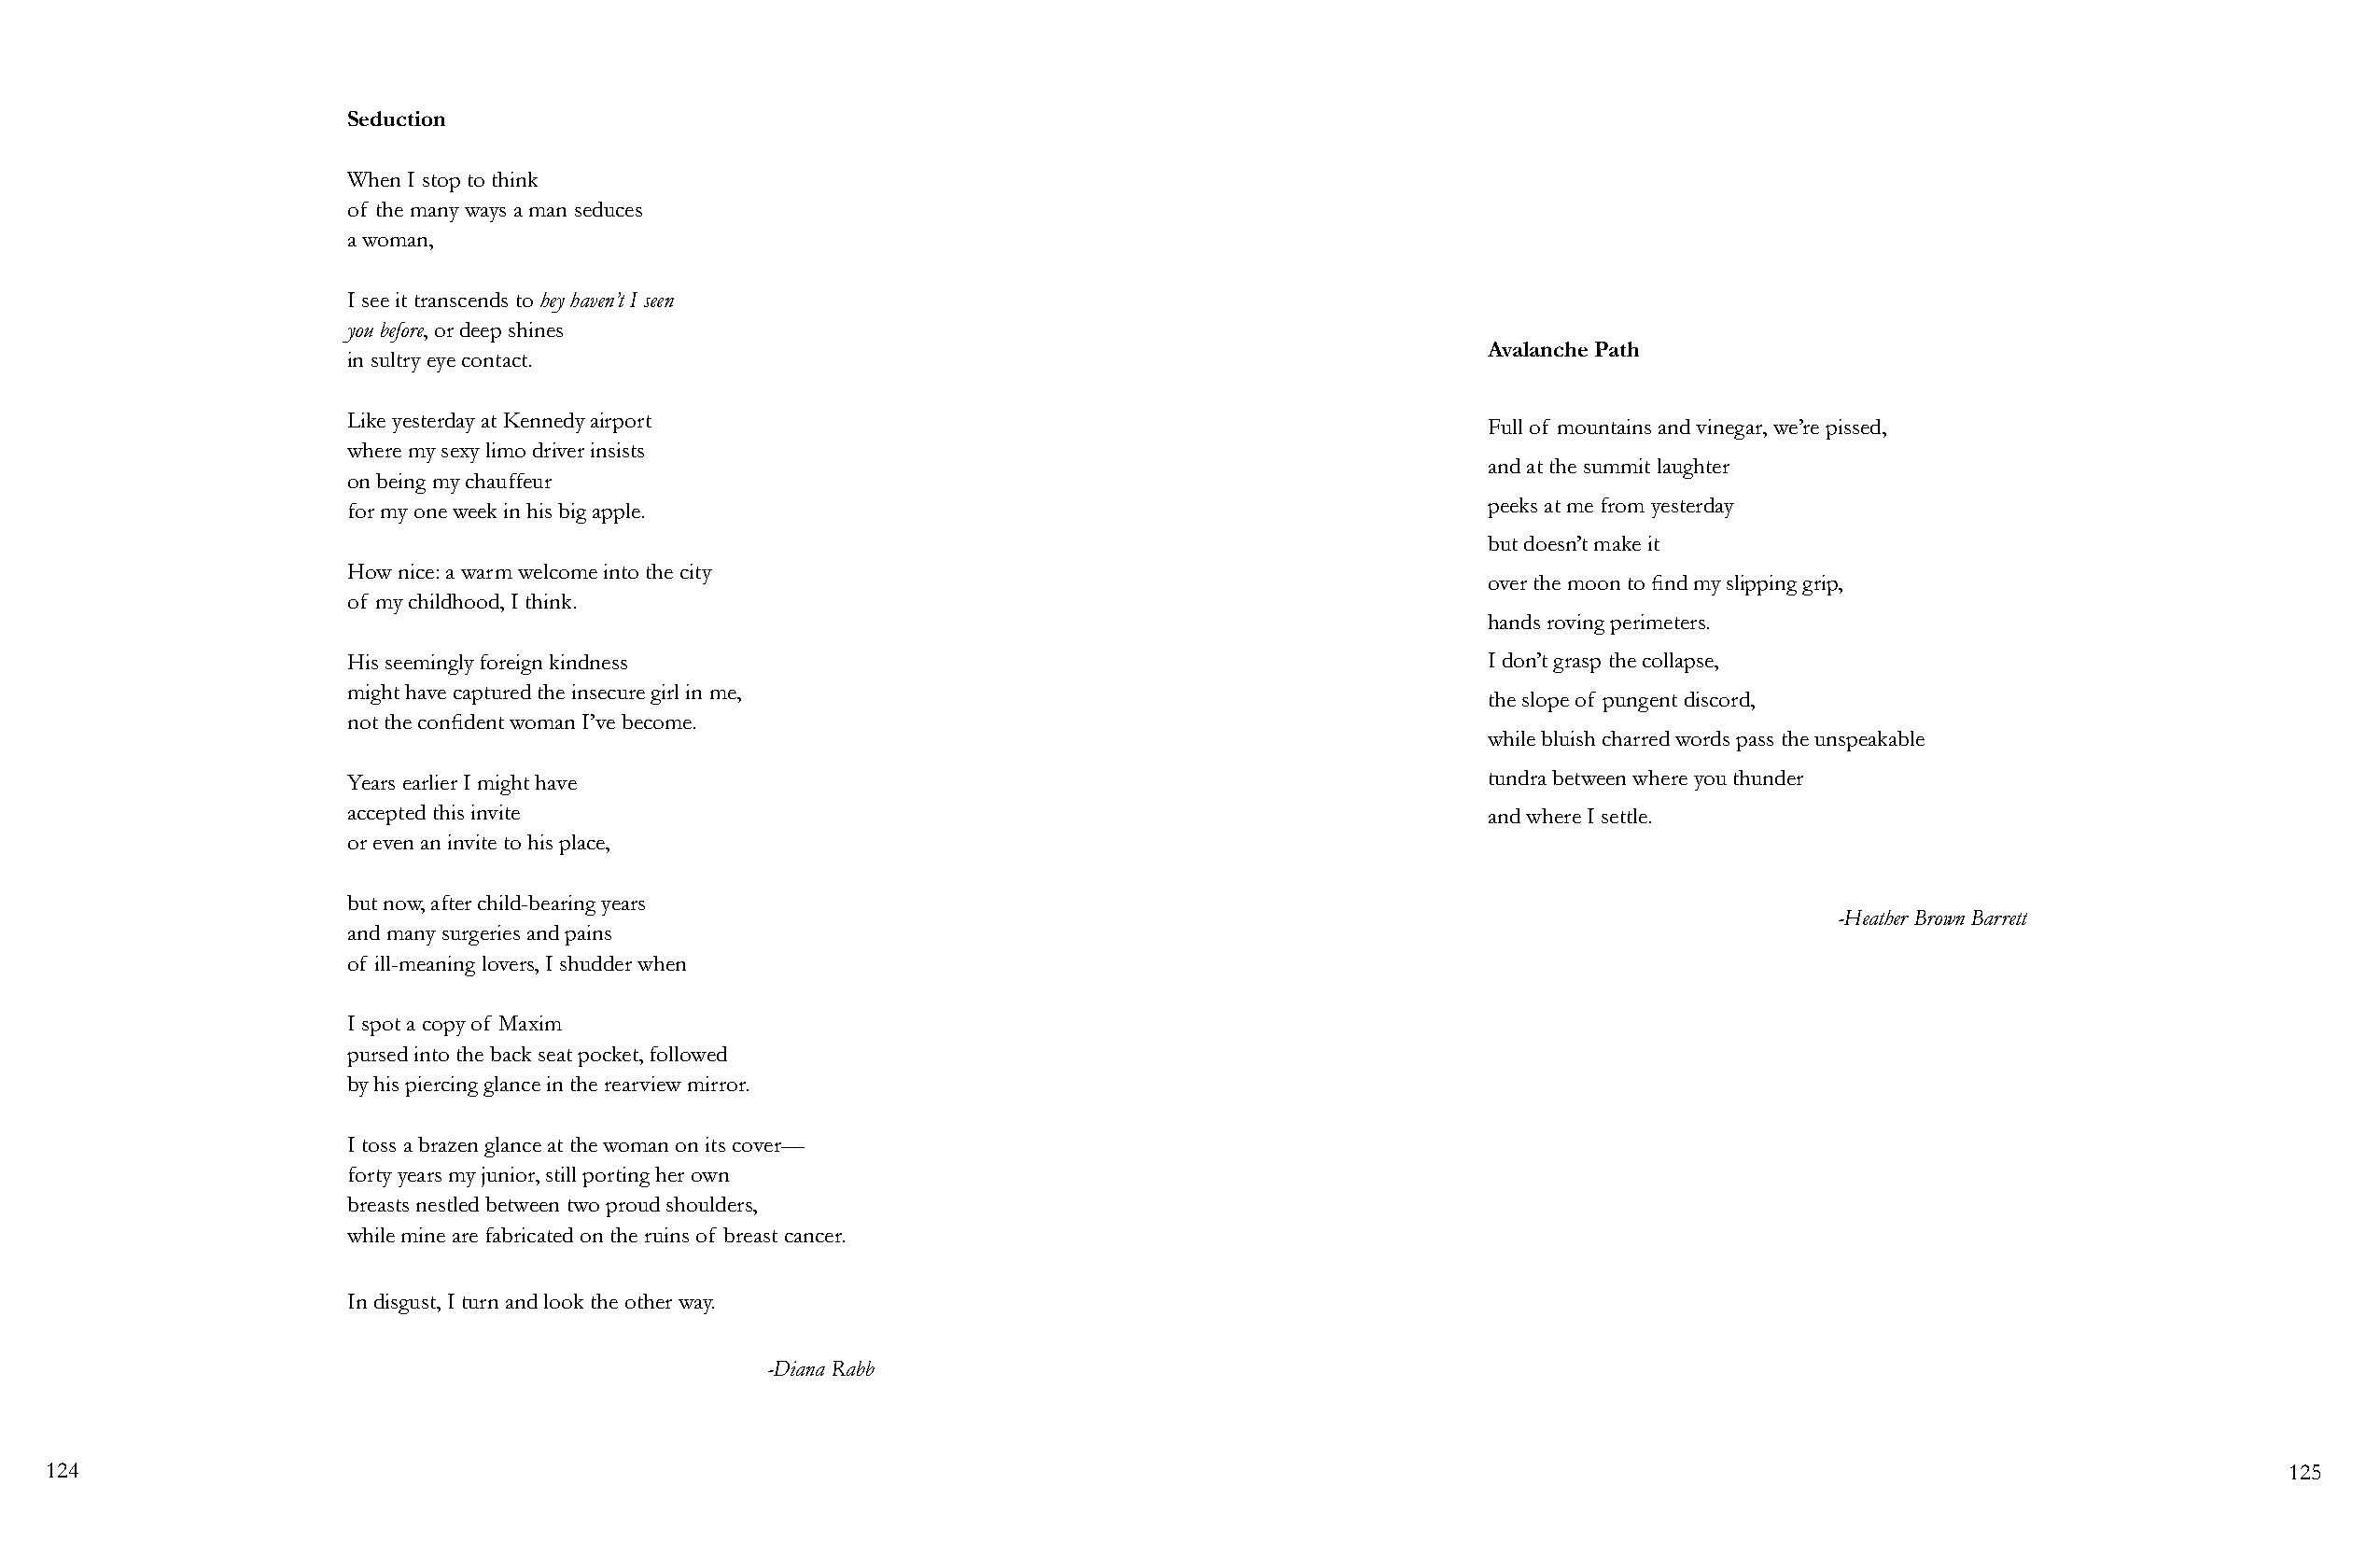
Seduction
 When I stop to think
 of the many ways a man seduces
 a woman,
 I see it transcends to hey haven’t I seen
 you before, or deep shines
 Avalanche Path
 in sultry eye contact.
 Like yesterday at Kennedy airport
 Full of mountains and vinegar, we’re pissed,
 where my sexy limo driver insists
 and at the summit laughter
 on being my chauffeur
 peeks at me from yesterday
 for my one week in his big apple.
 but doesn’t make it
 How nice: a warm welcome into the city
 over the moon to find my slipping grip,
 of my childhood, I think.
 hands roving perimeters.
 His seemingly foreign kindness                                                   I don’t grasp the collapse,
 might have captured the insecure girl in me,
 the slope of pungent discord,
 not the confident woman I’ve become.
 while bluish charred words pass the unspeakable
 Years earlier I might have                                                       tundra between where you thunder
 accepted this invite                                                             and where I settle.
 or even an invite to his place,
 but now, after child-bearing years
 -Heather Brown Barrett
 and many surgeries and pains
 of ill-meaning lovers, I shudder when
 I spot a copy of Maxim
 pursed into the back seat pocket, followed
 by his piercing glance in the rearview mirror.
 I toss a brazen glance at the woman on its cover—
 forty years my junior, still porting her own
 breasts nestled between two proud shoulders,
 while mine are fabricated on the ruins of breast cancer.
 In disgust, I turn and look the other way.
 -Diana Rabb
 124                                                                                                                                                            125